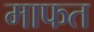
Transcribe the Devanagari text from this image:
माफत